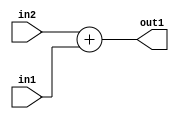
`timescale 1ps / 1ps
/*****************************************************************************
    Verilog RTL Description
    
    
    Created by: Stratus DpOpt 2019.1.01 
*******************************************************************************/

module DC_Filter_Add_9Ux1U_9U_4 (
	in2,
	in1,
	out1
	); /* architecture "behavioural" */ 
input [8:0] in2;
input  in1;
output [8:0] out1;
wire [8:0] asc001;

assign asc001 = 
	+(in2)
	+(in1);

assign out1 = asc001;
endmodule

/* CADENCE  urf4TAg= : u9/ySgnWtBlWxVPRXgAZ4Og= ** DO NOT EDIT THIS LINE ******/